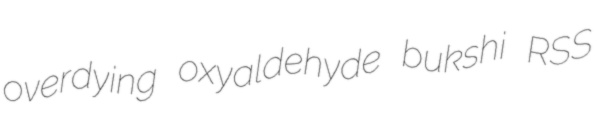
overdying oxyaldehyde bukshi RSS